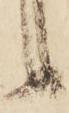
候